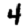
Digit: 4